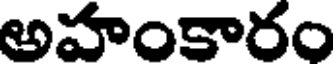
అహంకారం